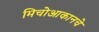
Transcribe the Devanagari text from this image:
मिचोआकानचे